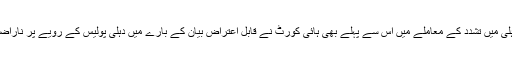
ہم آپ کو بتادیں کہ دہلی میں تشدد کے معاملے میں اس سے پہلے بھی ہائی کورٹ نے قابل اعتراض بیان کے بارے میں دہلی پولیس کے رویے پر ناراضگی کا اظہار کیا تھا۔